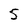
Character: 5